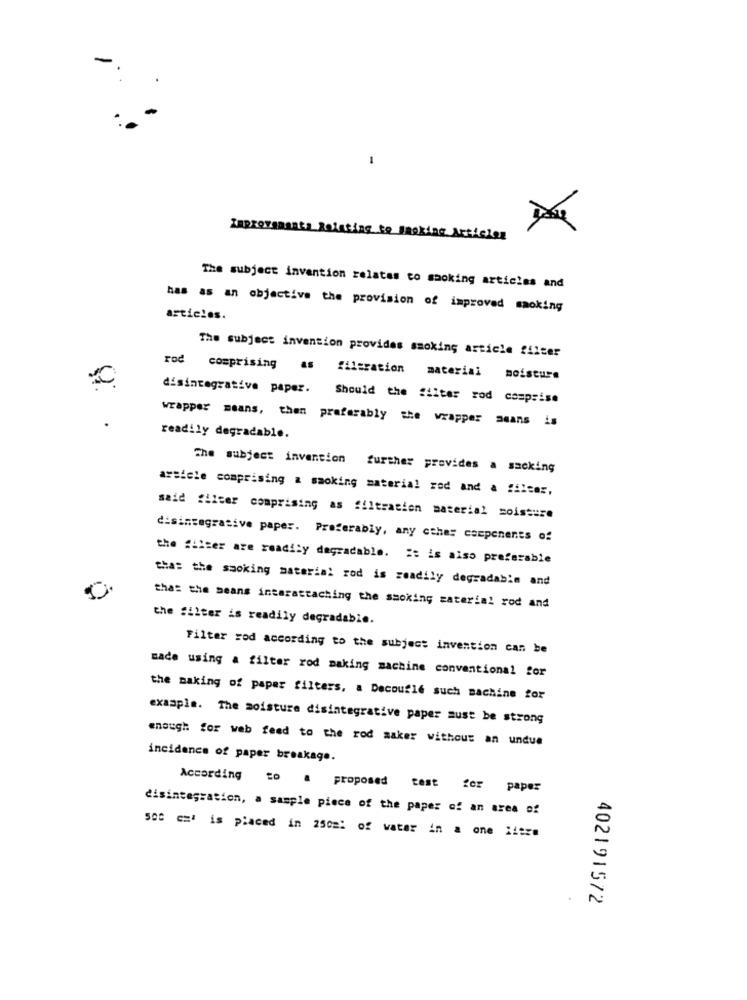
-
Improvemanta Relating to Smoking Articles
The subject invention relates to smoking articles and
has as an objective the provision of improved smoking
articles.
The subject invention provides smoking article filter
rod comprising as filtration material moisture
disintegrative paper. Should the filter rod comprise
wrapper means, then preferably the wrapper means is
readily degradable.
The subject invention further provides a sacking
arsiele comprising & smoking material rod and a filter,
said filter comprising as filtration material moisture
disintegrative paper. Preferably, any other components of
the "liser are readily degradable. it is also preferable
thas the smoking material rod is readily degradabim and
that the means intarattaching the smoking material rod and
the filter is readily degradable.
Filter rod according to the subject invention can be
made using a filter rod making machine conventional for
the making of paper filters, a Decoufle such machine for
example. The moisture disintegrative paper must be strong
enough for web feed to the rod saker without an undue
incidence of paper breakage.
According to a proposed test for paper
disintegration, a sample piece of the paper of an area of
500 cm is placed in 250m: of water in a one litre
402191572